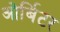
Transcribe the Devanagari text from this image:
ओर्बिटर